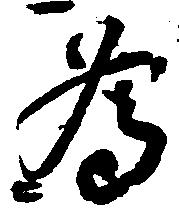
為